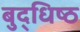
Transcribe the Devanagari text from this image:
बुद्धिष्‍ठ